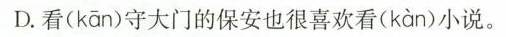
D.看(kān)守大门的保安也很喜欢看(kàn)小说。